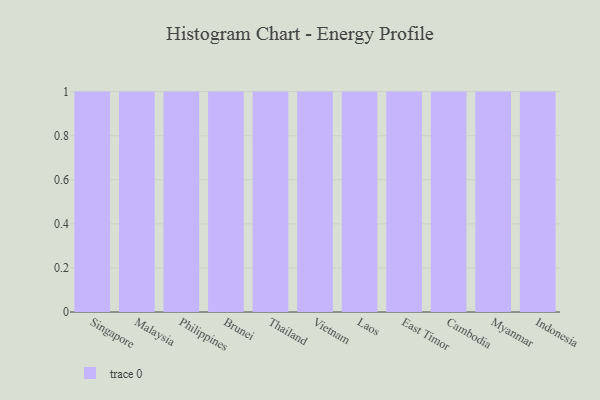
{"axis": {"x": "Country", "y": "Churn Rate (%)"}, "legend": [""], "data": [{"x": "Singapore", "y": 87, "type": ""}, {"x": "Malaysia", "y": 90, "type": ""}, {"x": "Philippines", "y": 90, "type": ""}, {"x": "Brunei", "y": 45, "type": ""}, {"x": "Thailand", "y": 39, "type": ""}, {"x": "Vietnam", "y": 84, "type": ""}, {"x": "Laos", "y": 2, "type": ""}, {"x": "East Timor", "y": 54, "type": ""}, {"x": "Cambodia", "y": 45, "type": ""}, {"x": "Myanmar", "y": 31, "type": ""}, {"x": "Indonesia", "y": 12, "type": ""}]}